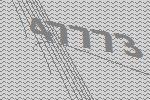
47773